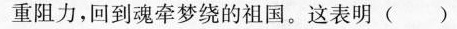
重阻力，回到魂牵梦绕的祖国。这表明()